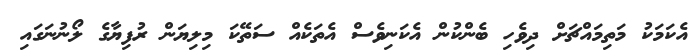
އެކަމަކު މަތިމައްޗަށް ދިވެހި ބެންކުން އެކަނިވެސް އެތަކެއް ސަތޭކަ މިލިޔަން ރުފިޔާގެ ލޯނުނަގައި